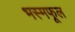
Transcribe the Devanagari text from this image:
भस्मफूल